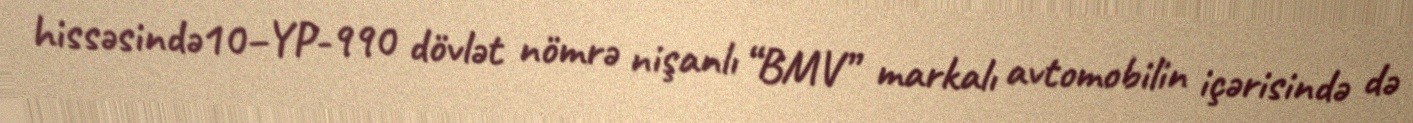
hissəsində10–YP-990 dövlət nömrə nişanlı “BMV” markalı avtomobilin içərisində də